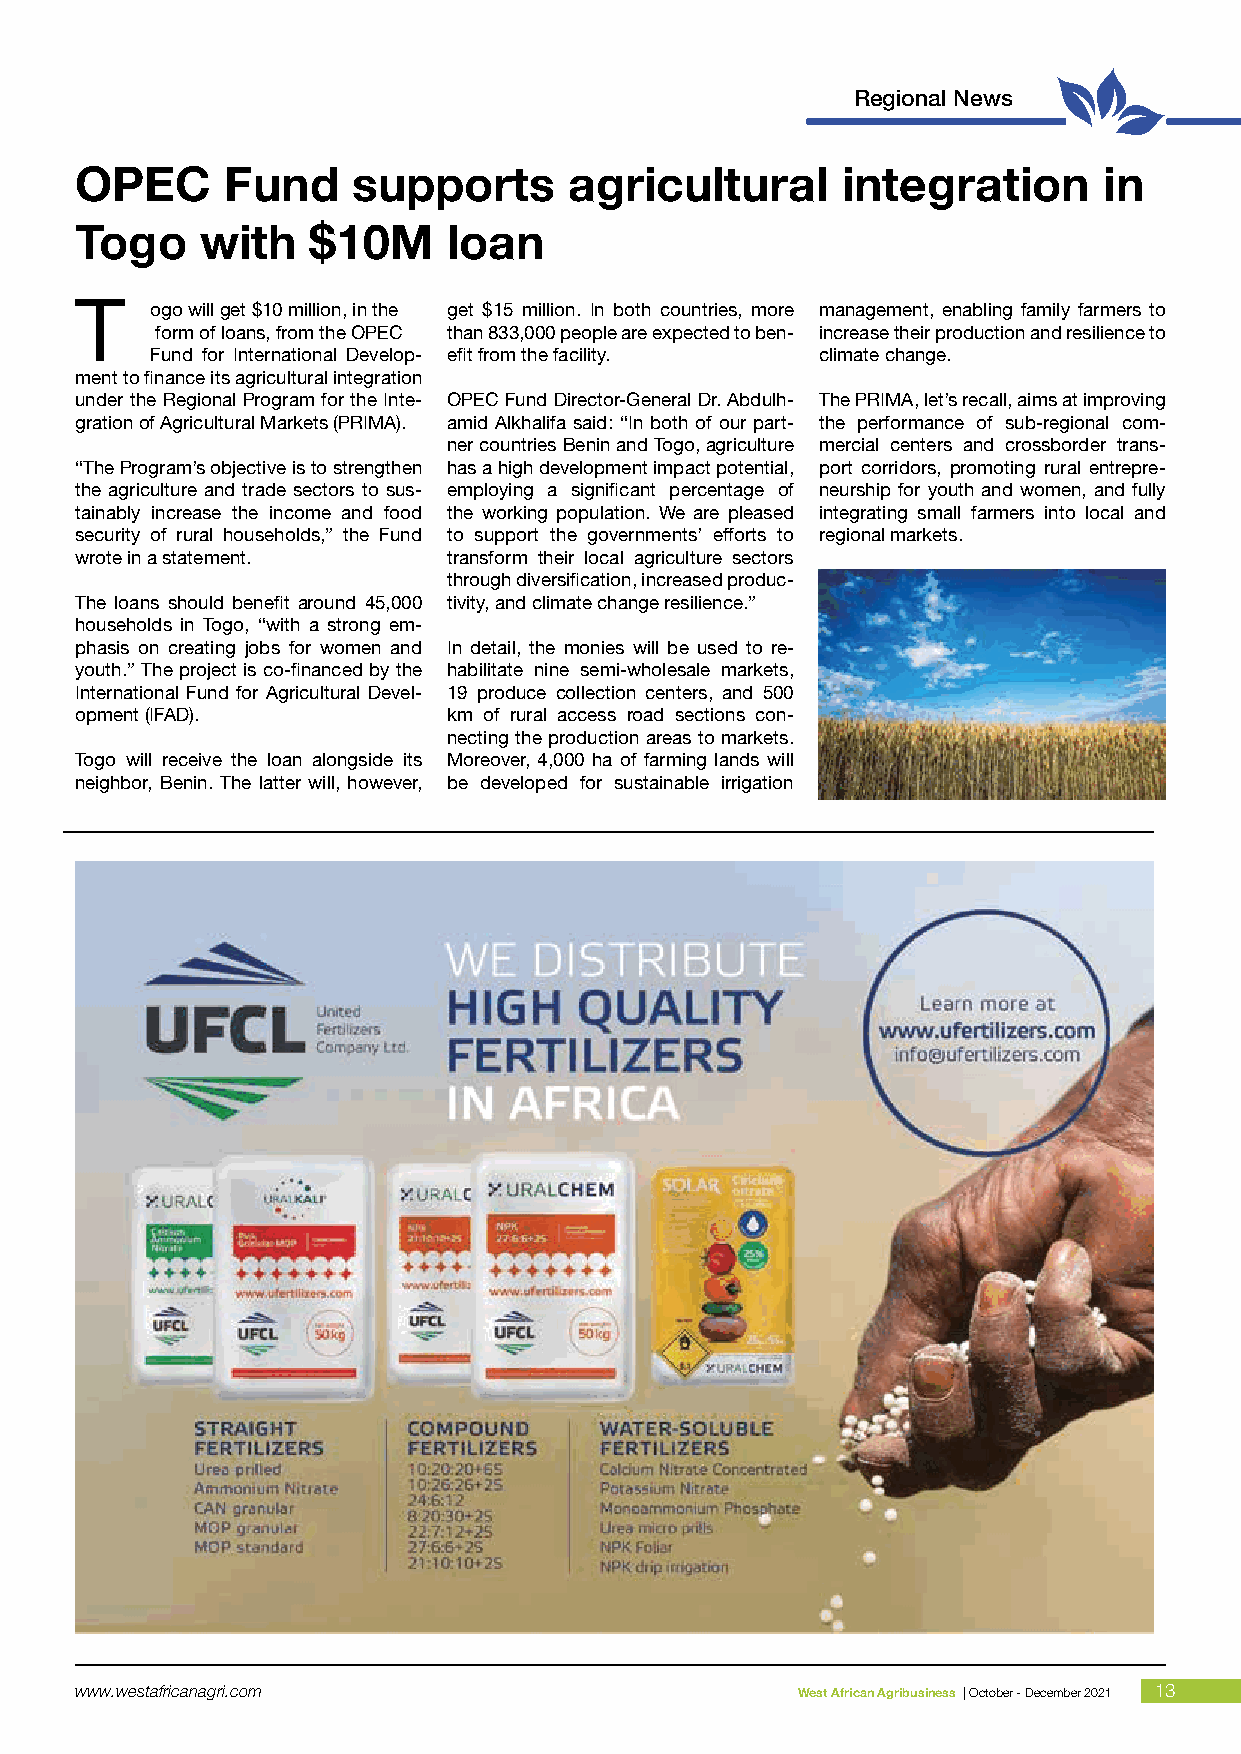
Regional News
 OPEC      Fund    supports       agricultural      integration      in
 Togo    with    $10M     loan
 T
 ogo will get $10 million, in the get $15 million. In both countries, more management, enabling family farmers to
 form of loans, from the OPEC than 833,000 people are expected to ben- increase their production and resilience to
 Fund for International Develop- efit from the facility. climate change.
 ment to finance its agricultural integration
 under the Regional Program for the Inte- OPEC Fund Director-General Dr. Abdulh- The PRIMA, let’s recall, aims at improving
 gration of Agricultural Markets (PRIMA). amid Alkhalifa said: “In both of our part- the performance of sub-regional com-
 ner countries Benin and Togo, agriculture mercial centers and crossborder trans-
 “The Program’s objective is to strengthen has a high development impact potential, port corridors, promoting rural entrepre-
 the agriculture and trade sectors to sus- employing a significant percentage of neurship for youth and women, and fully
 tainably increase the income and food the working population. We are pleased integrating small farmers into local and
 security of rural households,” the Fund to support the governments’ efforts to regional markets.
 wrote in a statement.    transform their local agriculture sectors
 through diversification, increased produc-
 The loans should benefit around 45,000 tivity, and climate change resilience.”
 households in Togo, “with a strong em-
 phasis on creating jobs for women and In detail, the monies will be used to re-
 youth.” The project is co-financed by the habilitate nine semi-wholesale markets,
 International Fund for Agricultural Devel- 19 produce collection centers, and 500
 opment (IFAD).           km of rural access road sections con-
 necting the production areas to markets.
 Togo will receive the loan alongside its Moreover, 4,000 ha of farming lands will
 neighbor, Benin. The latter will, however, be developed for sustainable irrigation
 w w w . w e s t a fr ic a n a g r i. c o m      W e s t A f r ican Agri business | O ctober - Dece m b e r 2 0 2 1 13